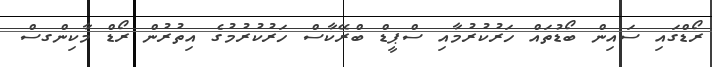
ރޯޑްގައި ސައިން ބޯޑުތައް ހަރުކުރުމާއި ސްޕީޑް ބްރޭކާސް ހަރުކުރުމުގެ އިތުރުން ރޯޑް މާކިންގސް